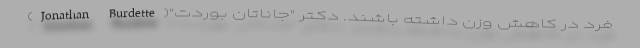
فرد در کاهش وزن داشته باشند. دکتر "جاناتان بوردت"(Jonathan Burdette)